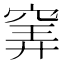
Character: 𥦌